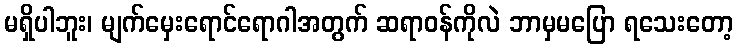
မရှိပါဘူး၊ မျက်မှေးရောင်ရောဂါအတွက် ဆရာဝန်ကိုလဲ ဘာမှမပြော ရသေးတော့